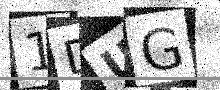
Text: 1DUG